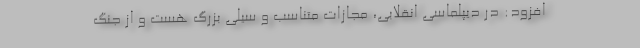
افزود: در دیپلماسی انقلابی، مجازات متناسب و سیلی بزرگ هست و از جنگ